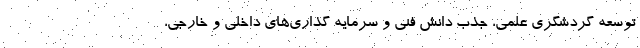
توسعه گردشگری علمی، جذب دانش فنی و سرمایه گذاری‌های داخلی و خارجی،